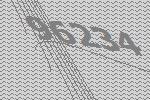
96234